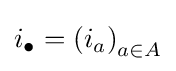
i_{\bullet }=\left(i_{a}\right)_{a\in A}